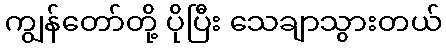
ကျွန်တော်တို့ ပိုပြီး သေချာသွားတယ်